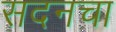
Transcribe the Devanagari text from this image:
सदनचा